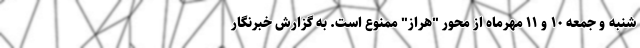
شنبه و جمعه ۱۰ و ۱۱ مهرماه از محور "هراز" ممنوع است. به گزارش خبرنگار